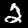
Digit: 2